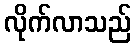
လိုက်လာသည်